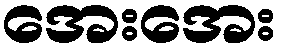
အေးအေး